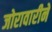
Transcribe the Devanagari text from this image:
जोरावारीनें